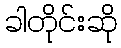
ခါတိုင်းဆို